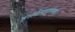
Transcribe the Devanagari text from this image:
हस्तीनापूरमध्ये